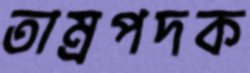
তাম্রপদক